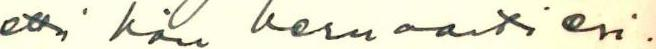
että hän kernaasti esi-